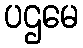
ပဌမေ